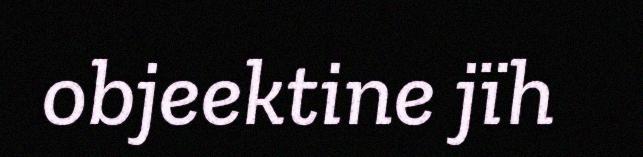
objeektine jïh